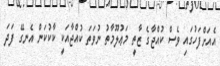
އެއަށްފަހުގައި ވެސް ކުއްޖާގެ ޒާތީ މަޢުލޫމާތު ނުވަތަ ކުއްޖާއަކީ ކާކުކަން އެނގޭ ފަދަ